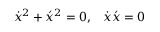
\dot { x } ^ { 2 } + \acute { x } ^ { 2 } = 0 , \; \; \; \dot { x } \acute { x } = 0